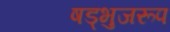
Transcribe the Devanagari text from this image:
षड्भुजरूप